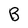
Character: B